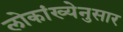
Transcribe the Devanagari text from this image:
लोकांख्येनुसार